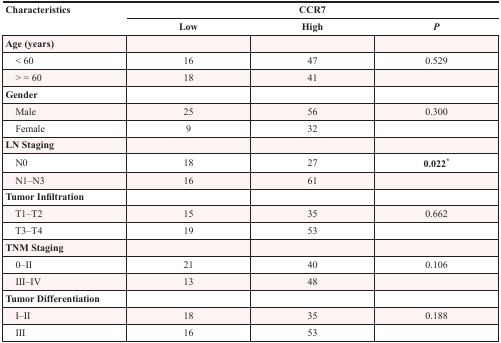
| <ROWSPAN=2> Characteristics | <COLSPAN=3> CCR7 |
 | Low | High | P |
 | --- | --- | --- | --- |
 | Age (years) |  |  |  |
 | < 60 | 16 | 47 | 0.529 |
 | > = 60 | 18 | 41 |  |
 | Gender |  |  |  |
 | Male | 25 | 56 | 0.300 |
 | Female | 9 | 32 |  |
 | LN Staging |  |  |  |
 | N0 | 18 | 27 | 0.022* |
 | N1–N3 | 16 | 61 |  |
 | Tumor Infiltration |  |  |  |
 | T1–T2 | 15 | 35 | 0.662 |
 | T3–T4 | 19 | 53 |  |
 | TNM Staging |  |  |  |
 | 0–II | 21 | 40 | 0.106 |
 | III–IV | 13 | 48 |  |
 | Tumor Differentiation |  |  |  |
 | I–II | 18 | 35 | 0.188 |
 | III | 16 | 53 |  |